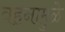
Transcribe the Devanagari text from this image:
वहनामुळे